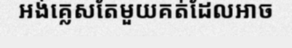
អង់គ្លេសតែមួយគត់ដែលអាច